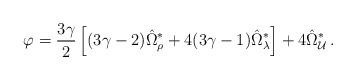
LaTeX: \begin{align*}\varphi = \frac{3\gamma}{2}\left[(3\gamma-2)\hat{\Omega}^\ast_\rho+4(3\gamma-1)\hat{\Omega}^\ast_\lambda\right]+4\hat{\Omega}^\ast_{\cal U}\,.\end{align*}